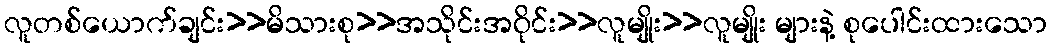
လူတစ်ယောက်ချင်း>>မိသားစု>>အသိုင်းအဝိုင်း>>လူမျိုး>>လူမျိုး များနဲ့ စုပေါင်းထားသော